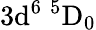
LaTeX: \mathrm{3d^{6}\ ^{5}D_{0}}